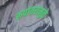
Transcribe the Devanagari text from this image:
रूपांतरामुळे